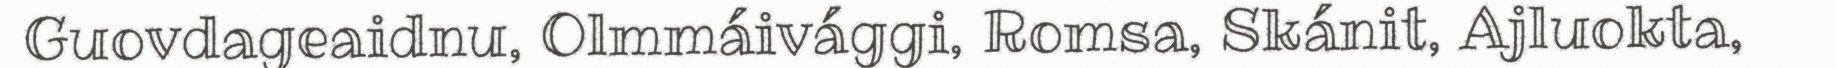
Guovdageaidnu, Olmmáivággi, Romsa, Skánit, Ajluokta,